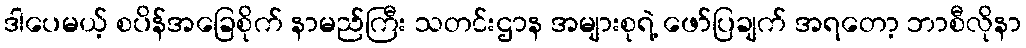
ဒါပေမယ့် စပိန်အခြေစိုက် နာမည်ကြီး သတင်းဌာန အများစုရဲ့ ဖော်ပြချက် အရတော့ ဘာစီလိုနာ